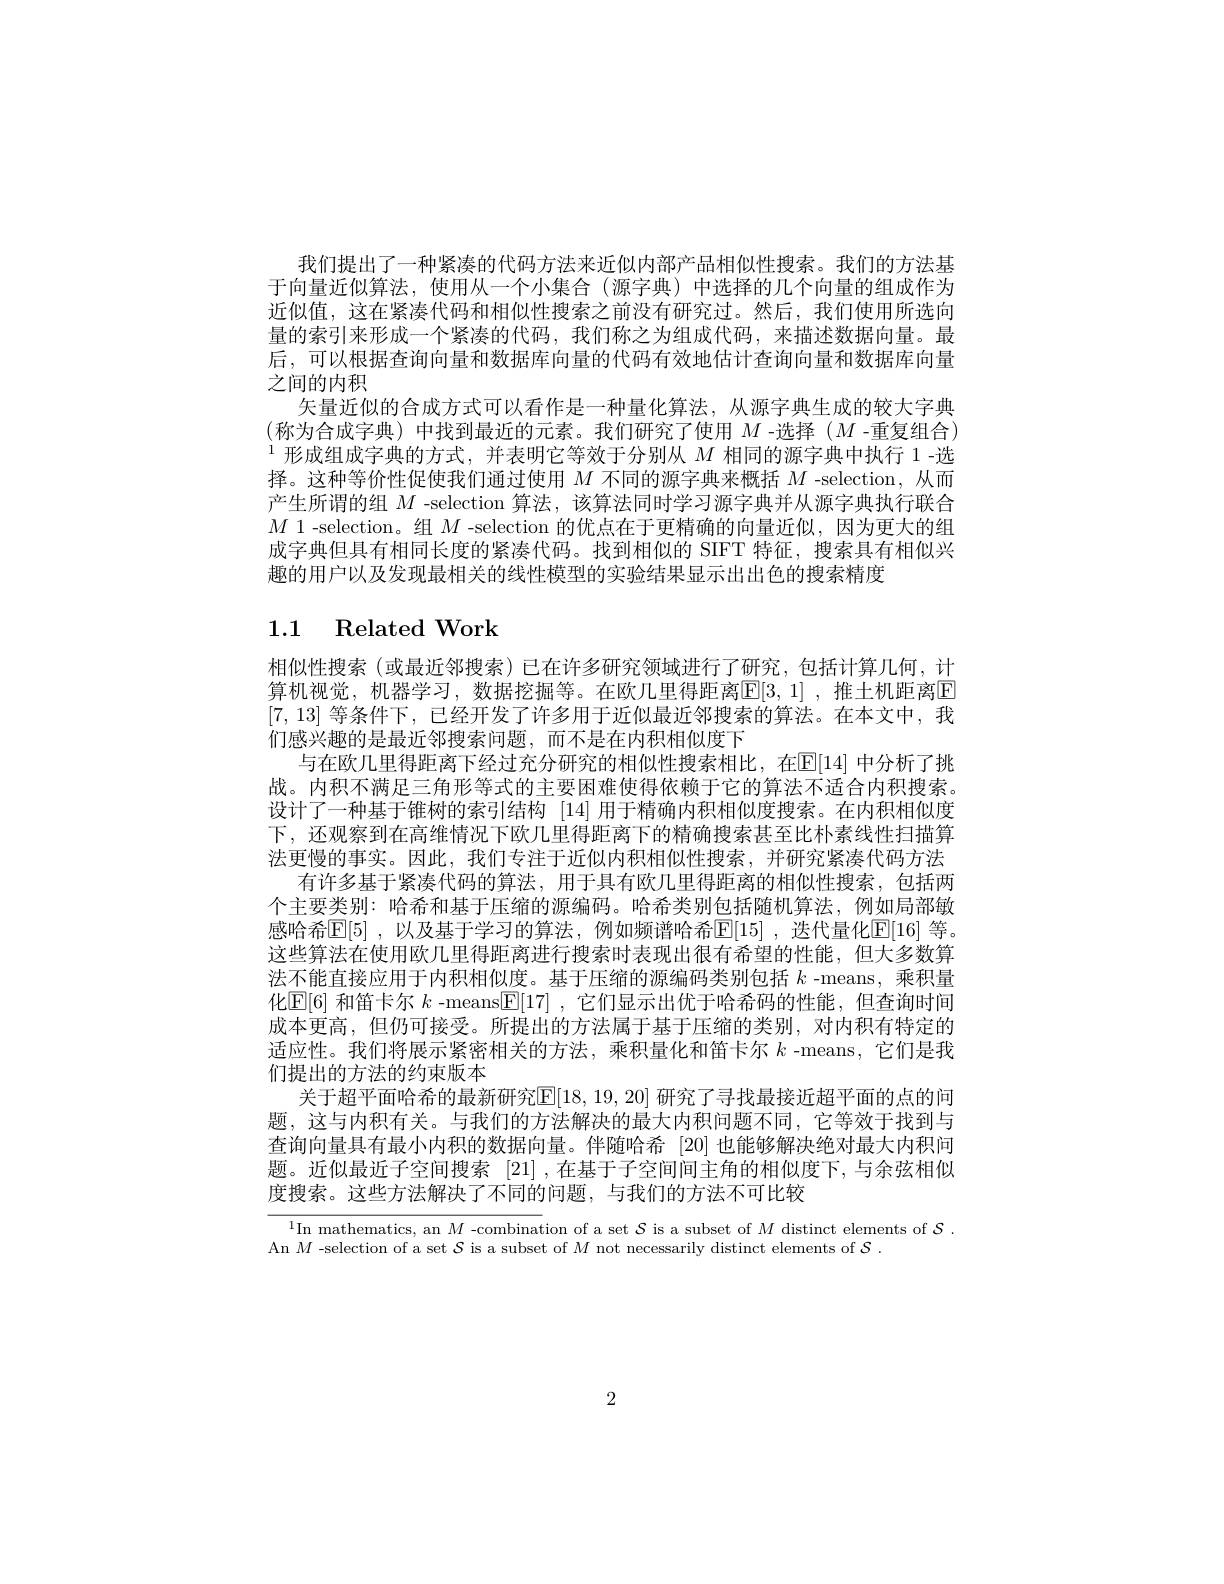
我们提出了一种紧凑的代码方法来近似内部产品相似性搜索。我们的方法基于向量近似算法，使用从一个小集合(源字典)中选择的几个向量的组成作为近似值，这在紧凑代码和相似性搜索之前没有研究过。然后，我们使用所选向量的索引来形成一个紧凑的代码，我们称之为组成代码，来描述数据向量。最后，可以根据查询向量和数据库向量的代码有效地估计查询向量和数据库向量之间的内积
矢量近似的合成方式可以看作是一种量化算法，从源字典生成的较大字典(称为合成字典) 中找到最近的元素。我们研究了使用 $M$ -选择 $(M$ -重复组合) $^{1}$形成组成字典的方式，并表明它等效于分别从$M$相同的源字典中执行 1-选择。这种等价性促使我们通过使用$M$不同的源字典来概括$M$ -selection, 从而产生所谓的组$M$ -selection 算法，该算法同时学习源字典并从源字典执行联合$M$ 1-selection。组$M$ -selection 的优点在于更精确的向量近似，因为更大的组成字典但具有相同长度的紧凑代码。找到相似的 SIFT 特征，搜索具有相似兴趣的用户以及发现最相关的线性模型的实验结果显示出出色的搜索精度

# 1.1 Related Work

相似性搜索 (或最近邻搜索) 已在许多研究领域进行了研究，包括计算几何，计算机视觉，机器学习，数据挖掘等。在欧几里得距离$\mathbb{E}[3,1]$ ,推土机距离E [7,13]等条件下，已经开发了许多用于近似最近邻搜索的算法。在本文中，我们感兴趣的是最近邻搜索问题，而不是在内积相似度下
与在欧几里得距离下经过充分研究的相似性搜索相比，在E[14] 中分析了挑战。内积不满足三角形等式的主要困难使得依赖于它的算法不适合内积搜索。设计了一种基于锥树的索引结构 [14] 用于精确内积相似度搜索。在内积相似度下，还观察到在高维情况下欧几里得距离下的精确搜索甚至比朴素线性扫描算法更慢的事实。因此，我们专注于近似内积相似性搜索，并研究紧凑代码方法
有许多基于紧凑代码的算法，用于具有欧几里得距离的相似性搜索，包括两个主要类别：哈希和基于压缩的源编码。哈希类别包括随机算法，例如局部敏感哈希$\mathbb{E}[5]$ ,以及基于学习的算法，例如频谱哈希$\mathbb{E}[15]$ ,迭代量化$\mathbb{E}[16]$ 等。这些算法在使用欧几里得距离进行搜索时表现出很有希望的性能，但大多数算法不能直接应用于内积相似度。基于压缩的源编码类别包括$k$ -means,乘积量化$\operatorname{E}[6]$ 和笛卡尔 $k$ -means$\operatorname{E}[17]$ ,它们显示出优于哈希码的性能，但查询时间成本更高，但仍可接受。所提出的方法属于基于压缩的类别，对内积有特定的适应性。我们将展示紧密相关的方法，乘积量化和笛卡尔$k$ -means,它们是我们提出的方法的约束版本
关于超平面哈希的最新研究$\mathbb{E}|18,19,20|$ 研究了寻找最接近超平面的点的问题，这与内积有关。与我们的方法解决的最大内积问题不同，它等效于找到与查询向量具有最小内积的数据向量。伴随哈希 [20] 也能够解决绝对最大内积间题。近似最近子空间搜索 $\left[21\right]$,在基于子空间间主角的相似度下，与余弦相似度搜索。这些方法解决了不同的问题，与我们的方法不可比较

$^{1}$In mathematics, an $M$ -combination of a set $\mathcal{S}$ is a subset of $M$ distinct elements of $\mathcal{S}.$
An $M$ -selection of a set $\mathcal{S}$ is a subset of $M$ not necessarily distinct elements of $\mathcal{S}.$

2